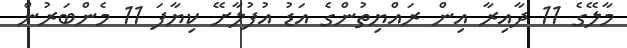
މާލޭގެ 11 ދާއިރާ އިން ރައްޔިތުންގެ އަޑު އުފުލާށޭ ކިޔާފަ 11 މެންބަރުން